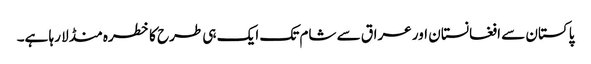
پاکستان سے افغانستان اور عراق سے شام تک ایک ہی طرح کا خطرہ منڈلا رہا ہے۔